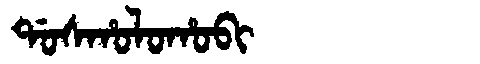
Manchu: ᡩᠣᠰᡥᠣᠯᠣᡥᠣᠪᡳ
Romanization: DOSHOLOHOBI